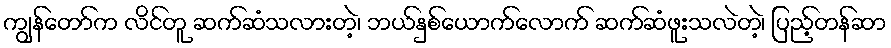
ကျွန်တော်က လိင်တူ ဆက်ဆံသလားတဲ့၊ ဘယ်နှစ်ယောက်လောက် ဆက်ဆံဖူးသလဲတဲ့၊ ပြည့်တန်ဆာ